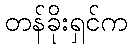
တန်ခိုးရှင်က